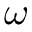
\omega